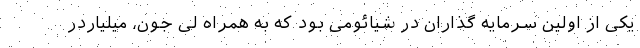
یکی از اولین سرمایه گذاران در شیائومی بود که به همراه لی جون، میلیاردر